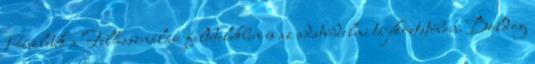
Részletek a Felhasználási feltételekben és az adatvédelmi tájékoztatóban. Boldog